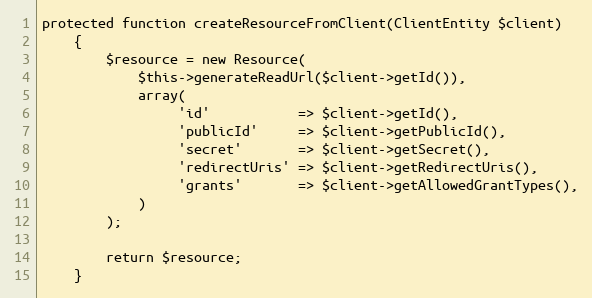
Language: PHP
protected function createResourceFromClient(ClientEntity $client)
    {
        $resource = new Resource(
            $this->generateReadUrl($client->getId()),
            array(
                 'id'           => $client->getId(),
                 'publicId'     => $client->getPublicId(),
                 'secret'       => $client->getSecret(),
                 'redirectUris' => $client->getRedirectUris(),
                 'grants'       => $client->getAllowedGrantTypes(),
            )
        );

        return $resource;
    }